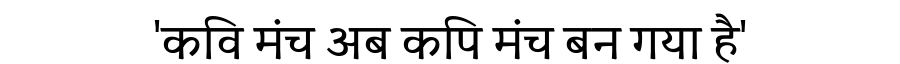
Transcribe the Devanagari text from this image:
'कवि मंच अब कपि मंच बन गया है'